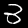
Label: 3